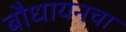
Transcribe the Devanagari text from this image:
बौधायनचा